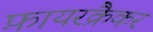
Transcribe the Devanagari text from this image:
फ़ायरक्रैकर